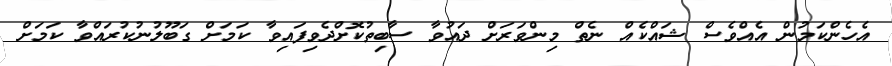
އެހެންކަމުން އެއްވެސް ޝައްކެއް ނެތް މިންވަރަށް ދައުވާ ސާބިތުކޮށްދެވިފައިވާ ކަމަށް ގަބޫލުނުކުރައްވާ ކަމަށް